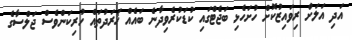
އަދި އަލަށް ރިވައިޒުކޮށް ހުށަހެޅި ބަޖެޓްގައި ކުޑަކުރެވިދާނެ ބައެއް ޚަރަދުތައް ހުރިކަންވެސް ޖަލްސާގެ